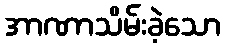
အာဏာသိမ်းခဲ့သော